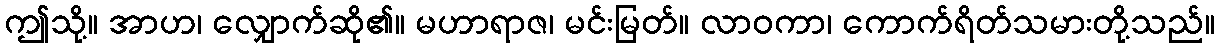
ဤသို့။ အာဟ၊ လျှောက်ဆို၏။ မဟာရာဇ၊ မင်းမြတ်။ လာဝကာ၊ ကောက်ရိတ်သမားတို့သည်။